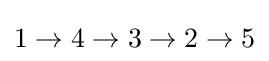
1\rightarrow 4\rightarrow 3\rightarrow 2\rightarrow 5